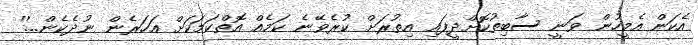
އެކަން އެމީހުން ވަނީ ސާބިތުކޮށްދީފައި އިތުރަށް ކުރެވޭނެ ކަމެއް އޮތްކަމަކަށް އަހަރެން ނުދެކެން...''